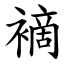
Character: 䙗